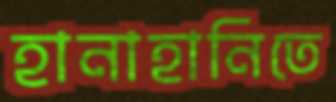
হানাহানিতে